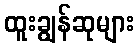
ထူးချွန်ဆုများ